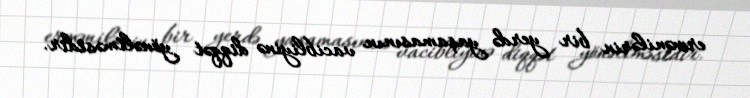
ermənilərin bir yerdə yaşamasının vacibliyinə diqqət yönəltməsidir.